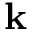
{ \bf k }